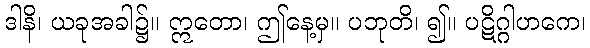
ဒါနိ၊ ယခုအခါ၌။ ဣတော၊ ဤနေ့မှ။ ပဘုတိ၊ ၍။ ပဋိဂ္ဂါဟကေ၊